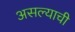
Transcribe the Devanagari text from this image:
असल्‍याची